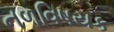
નળવિષયક